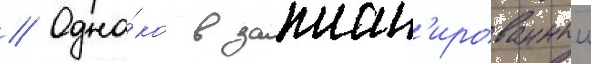
// Одна́ко в заплан'ированныи